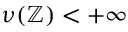
\nu ( \mathbb { Z } ) < + \infty